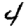
Digit: 4